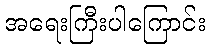
အရေးကြီးပါကြောင်း